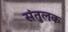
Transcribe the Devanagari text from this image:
संतुलक